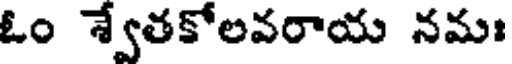
ఓం శ్వేతకోలవరాయ నమః